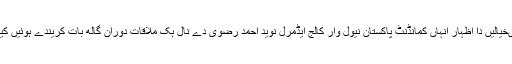
انہاںخیالیں دا اظہار انہاں کمانڈنٹ پاکستان نیول وار کالج ایڈمرل نوید احمد رضوی دے نال ہک ملاقات دوران گالھ بات کریندے ہوئیں کیتے۔